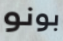
بونو